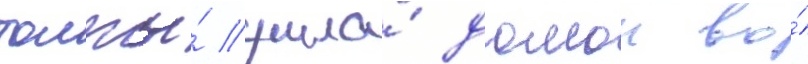
толпы́ ушла́ домои во́